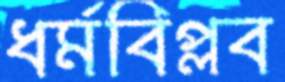
ধর্মবিপ্লব